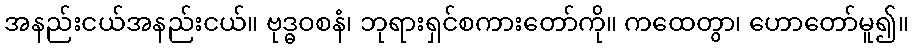
အနည်းငယ်အနည်းငယ်။ ဗုဒ္ဓဝစနံ၊ ဘုရားရှင်စကားတော်ကို။ ကထေတွာ၊ ဟောတော်မူ၍။